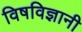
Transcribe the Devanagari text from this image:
विषविज्ञानी